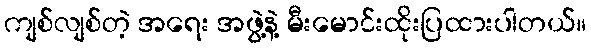
ကျစ်လျစ်တဲ့ အရေး အဖွဲ့နဲ့ မီးမောင်းထိုးပြထားပါတယ်။